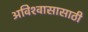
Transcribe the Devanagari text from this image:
अविश्‍वासासाठी